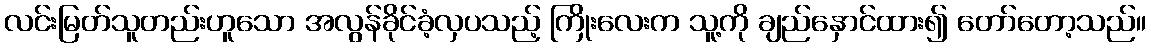
လင်းမြတ်သူတည်းဟူသော အလွန်ခိုင်ခံ့လှပသည့် ကြိုးလေးက သူ့ကို ချည်နှောင်ထား၍ တော်တော့သည်။